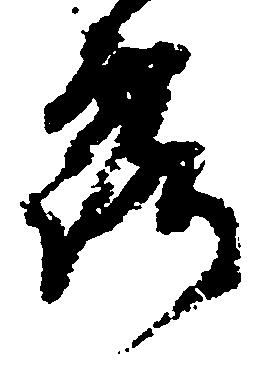
露